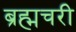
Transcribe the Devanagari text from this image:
ब्रह्मचरी